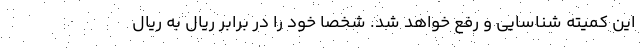
این کمیته شناسایی و رفع خواهد شد. شخصاً خود را در برابر ریال به ریال